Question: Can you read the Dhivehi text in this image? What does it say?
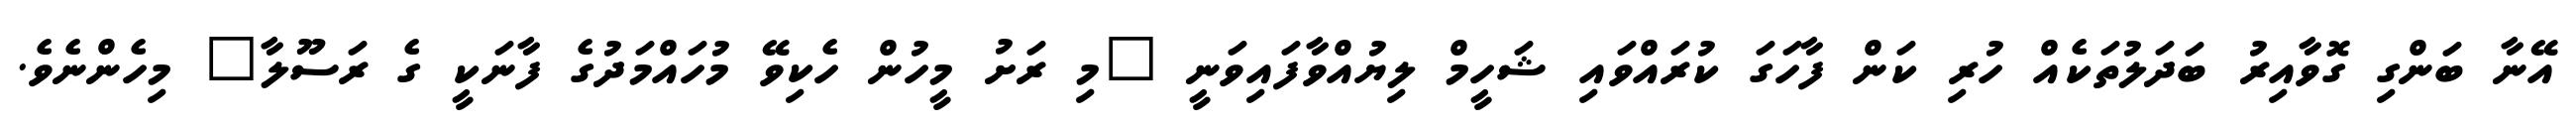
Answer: އޭނާ ބަންގި ގޮވާއިރު ބަދަލުތަކެއް ހުރި ކަން ފާހަގަ ކުރައްވައި ޝަހީމް ލިޔުއްވާފައިވަނީ "މި ރަށު މީހުން ހެކިވޭ މުހައްމަދުގެ ފާނަކީ ގެ ރަސޫލާ" މިހެންނެވެ.